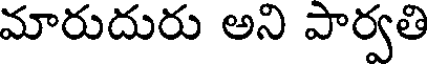
మారుదురు అని పార్వతి